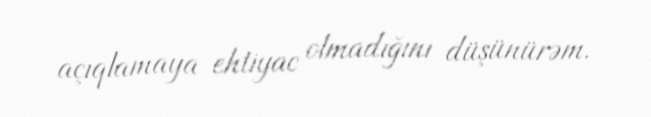
açıqlamaya ehtiyac olmadığını düşünürəm.